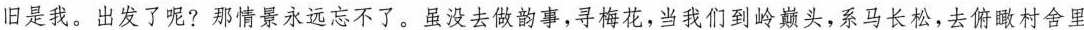
旧是我。出发了呢?那情景永远忘不了。虽没去做韵事,寻梅花,当我们到岭戴头,系马长松,去俯瞰村舍